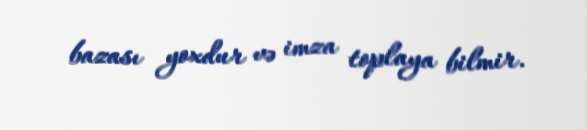
bazası yoxdur və imza toplaya bilmir.